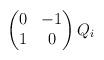
LaTeX: \begin{align*} \begin{pmatrix} 0 & -1 \\ 1 & 0 \end{pmatrix}Q_{i} \end{align*}